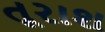
તૂરાશ